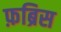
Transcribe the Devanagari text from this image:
फ़ब्रिस